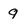
Character: 9